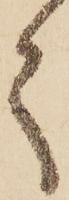
て